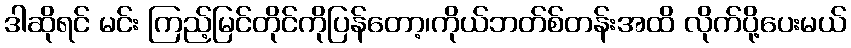
ဒါဆိုရင် မင်း ကြည့်မြင်တိုင်ကိုပြန်တော့၊ကိုယ်ဘတ်စ်တန်းအထိ လိုက်ပို့ပေးမယ်